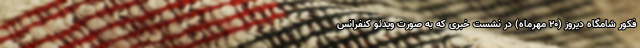
فکور شامگاه دیروز (۲۰ مهرماه) در نشست خبری که به ‌صورت ویدئو کنفرانس